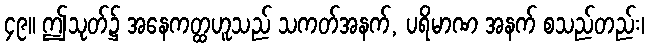
၄၉။ ဤသုတ်၌ အနေကတ္ထဟူသည် သကတ်အနက်, ပရိမာဏ အနက် စသည်တည်း၊